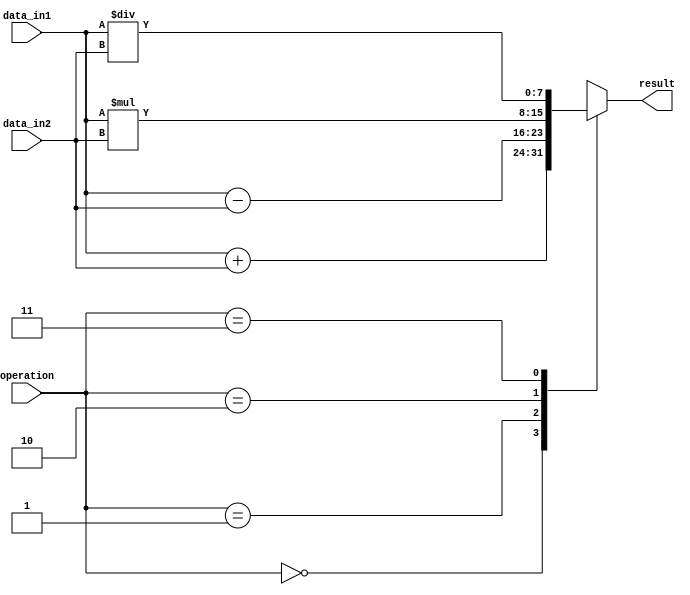
module VectorALU (
    input [7:0] data_in1,
    input [7:0] data_in2,
    input [1:0] operation, // 00: addition, 01: subtraction, 10: multiplication, 11: division
    output [7:0] result
);

wire [7:0] addition_result;
wire [7:0] subtraction_result;
wire [7:0] multiplication_result;
wire [7:0] division_result;

assign addition_result = data_in1 + data_in2;
assign subtraction_result = data_in1 - data_in2;
assign multiplication_result = data_in1 * data_in2;
assign division_result = data_in1 / data_in2;

always @(*) begin
    case(operation)
        2'b00: result = addition_result;
        2'b01: result = subtraction_result;
        2'b10: result = multiplication_result;
        2'b11: result = division_result;
    endcase
end

endmodule